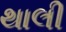
થાલી